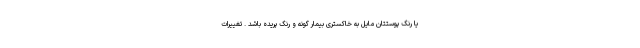
یا رنگ پوستتان مایل به خاکستری بیمار گونه و رنگ پریده باشد . تغییرات